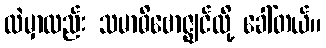
ထဲမှာလည်း သမာဓိဗောဇ္ဈင်လို့ ခေါ်တယ်။